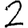
Digit: 2